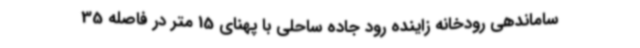
ساماندهی رودخانه زاینده رود جاده ساحلی با پهنای 15 متر در فاصله 35